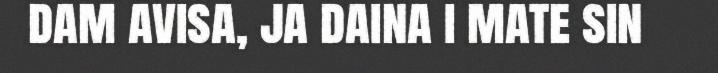
dam avisa, ja daina i mate sin